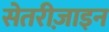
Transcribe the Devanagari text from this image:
सेतरीज़ाइन